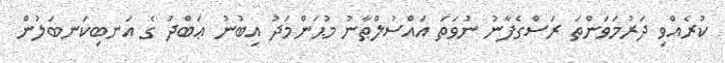
ކުރެއްވި ދަރުމަވަންތަ ރަސްގެފާނު ނުވަތަ އައްސުލްޠާނު މުޙަންމަދު އިބުނު ޢަބްދު ގެ އަނބިކަނބަލުން